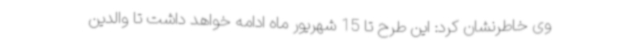
وی خاطرنشان کرد: این طرح تا 15 شهریور ماه ادامه خواهد داشت تا والدین